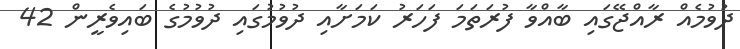
ދުވުމެއް ރާއްޖޭގައި ބާއްވާ ފުރަތަމަ ފަހަރު ކަމަށާއި ދުވުމުގައި ދުވުމުގެ ބައިވެރީން 42